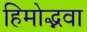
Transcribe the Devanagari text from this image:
हिमोद्भवा